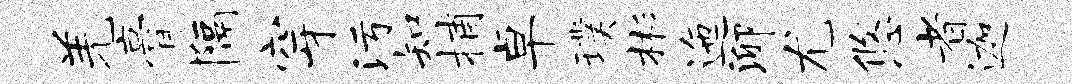
羌膏隔穿污知捕卓璞彬迤泖尤悠者迦